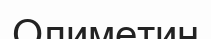
Олиметин